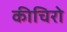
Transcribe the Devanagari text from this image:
कीचिरो